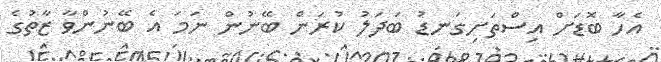
އެހާ ބޮޑަށް އިސްތަށިގަނޑު ބަދަލު ކުރަން ބޭނުން ނަމަ އެ ބޭނުންވާ ޒާތުގެ